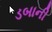
ડબાની